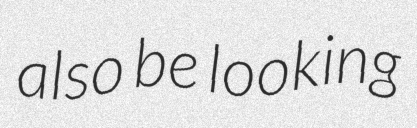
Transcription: also be looking